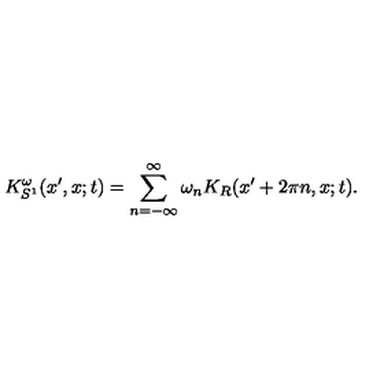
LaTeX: K _ { S ^ { 1 } } ^ { \omega } ( x ^ { \prime } , x ; t ) = \sum _ { n = - \infty } ^ { \infty } \omega _ { n } K _ { R } ( x ^ { \prime } + 2 \pi n , x ; t ) .